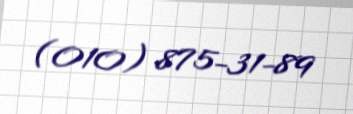
(010) 875-31-89